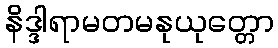
နိဒ္ဒါရာမတမနုယုတ္တော